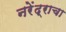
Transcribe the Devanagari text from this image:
नरेंद्राचा